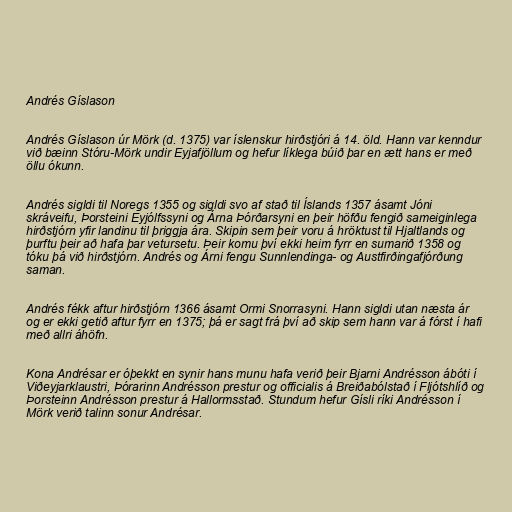
Andrés Gíslason

Andrés Gíslason úr Mörk (d. 1375) var íslenskur hirðstjóri á 14. öld. Hann var kenndur
við bæinn Stóru-Mörk undir Eyjafjöllum og hefur líklega búið þar en ætt hans er með
öllu ókunn.

Andrés sigldi til Noregs 1355 og sigldi svo af stað til Íslands 1357 ásamt Jóni
skráveifu, Þorsteini Eyjólfssyni og Árna Þórðarsyni en þeir höfðu fengið sameiginlega
hirðstjórn yfir landinu til þriggja ára. Skipin sem þeir voru á hröktust til Hjaltlands og
þurftu þeir að hafa þar vetursetu. Þeir komu því ekki heim fyrr en sumarið 1358 og
tóku þá við hirðstjórn. Andrés og Árni fengu Sunnlendinga- og Austfirðingafjórðung
saman.

Andrés fékk aftur hirðstjórn 1366 ásamt Ormi Snorrasyni. Hann sigldi utan næsta ár
og er ekki getið aftur fyrr en 1375; þá er sagt frá því að skip sem hann var á fórst í hafi
með allri áhöfn.

Kona Andrésar er óþekkt en synir hans munu hafa verið þeir Bjarni Andrésson ábóti í
Viðeyjarklaustri, Þórarinn Andrésson prestur og officialis á Breiðabólstað í Fljótshlíð og
Þorsteinn Andrésson prestur á Hallormsstað. Stundum hefur Gísli ríki Andrésson í
Mörk verið talinn sonur Andrésar.